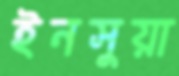
ইনসুয়া